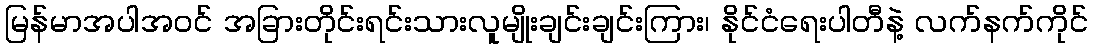
မြန်မာအပါအဝင် အခြားတိုင်းရင်းသားလူမျိုးချင်းချင်းကြား၊ နိုင်ငံရေးပါတီနဲ့ လက်နက်ကိုင်